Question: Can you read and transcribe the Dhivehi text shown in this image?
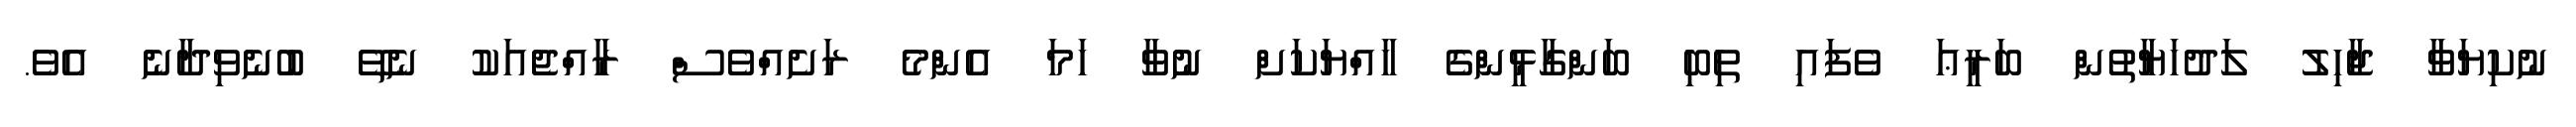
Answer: ނުކިޔަވާ ޖާހިލު ލަދުހަޔާތުން ބަރީޢަ ވެފައި ތިބި ބަންގާޅީންގެ ހާއްޔަކަށް ނުވާ ހަމަ އެންމެ ރަށެއްވެސް ރާއްޖެއަކު ނެތޭ ބުނެވިދާނެ އެވެ.